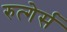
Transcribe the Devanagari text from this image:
रुत्गेर्स